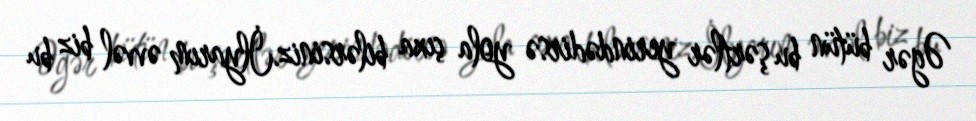
Əgər bütün bu şərtlər yerindədirsə yola çıxa bilərsiniz.İlyarım əvvəl biz bu